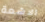
الاشعة